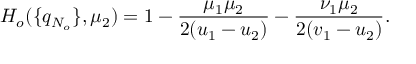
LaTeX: H _ { o } ( \{ q _ { N _ { o } } \} , \mu _ { 2 } ) = 1 - \frac { \mu _ { 1 } \mu _ { 2 } } { 2 ( u _ { 1 } - u _ { 2 } ) } - \frac { \nu _ { 1 } \mu _ { 2 } } { 2 ( v _ { 1 } - u _ { 2 } ) } .